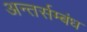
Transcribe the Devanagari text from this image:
अन्तर्सम्बंध